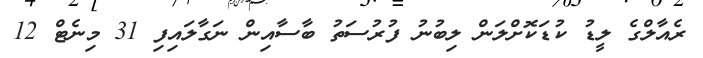
ރެއާލްގެ ލީޑު ކުޑަކޮށްލަން ލިބުނު ފުރުސަތު ބާސާއިން ނަގާލައިފި 31 މިނެޓް 12